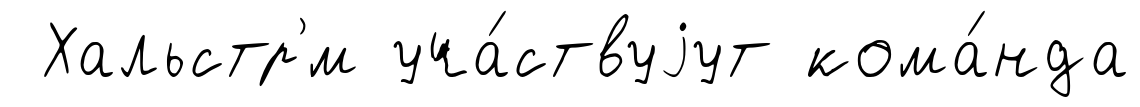
Хальстр'́м уча́ствуjут кома́нда